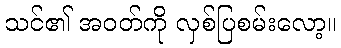
သင်၏ အဝတ်ကို လှစ်ပြစမ်းလော့။